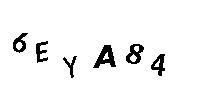
6EYA84